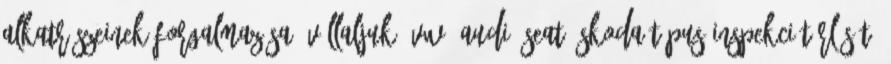
ALKATRÉSZEINEK FORGALMAZÁSA. Vállaljuk: VW, AUDI, SEAT, SKODA típus inspekciótörlését,